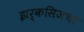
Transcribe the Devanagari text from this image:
झर्कसिजचा